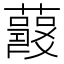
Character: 𧃱